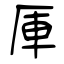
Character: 厙